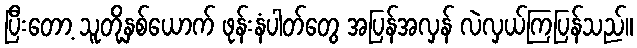
ပြီးတော့ သူတို့နှစ်ယောက် ဖုန်းနံပါတ်တွေ အပြန်အလှန် လဲလှယ်ကြပြန်သည်။